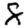
Digit: 8